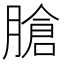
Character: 𦞛